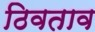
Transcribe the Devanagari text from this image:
ठिवताव